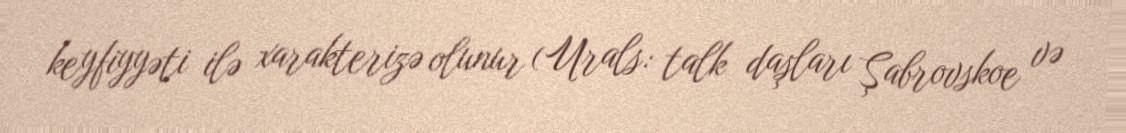
keyfiyyəti ilə xarakterizə olunur (Urals: talk daşları Şabrovskoe və